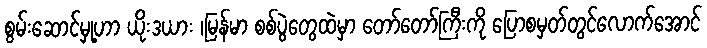
စွမ်းဆောင်မှု့ဟာ ယိုးဒယား ၊မြန်မာ စစ်ပွဲတွေထဲမှာ တော်တော်ကြီးကို ပြောစမှတ်တွင်လောက်အောင်